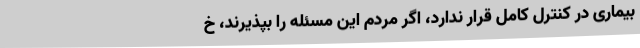
بیماری در کنترل کامل قرار ندارد، اگر مردم این مسئله را بپذیرند، خ